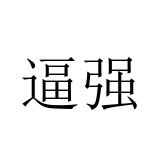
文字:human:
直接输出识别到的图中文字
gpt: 逼强